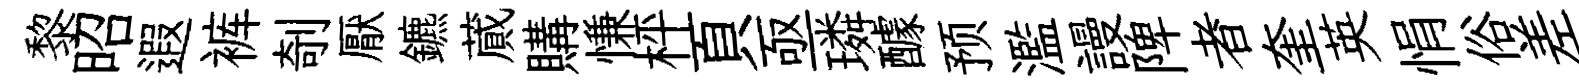
黎昭遐裤剞厭鑣蕆購慊枰頁亟璘醵预濫謾陴者奎英悁俗差